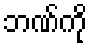
ဘဏ်ကို